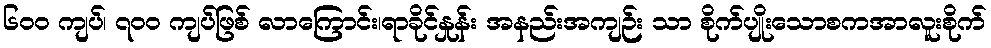
၆၀၀ ကျပ်၊ ၇၀၀ ကျပ်ဖြစ် လာကြောင်း၊ရာခိုင်နှုန်း အနည်းအကျဉ်း သာ စိုက်ပျိုးသောစကအာလူးစိုက်